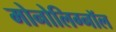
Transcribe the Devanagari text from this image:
मोनोलिग्नॉल